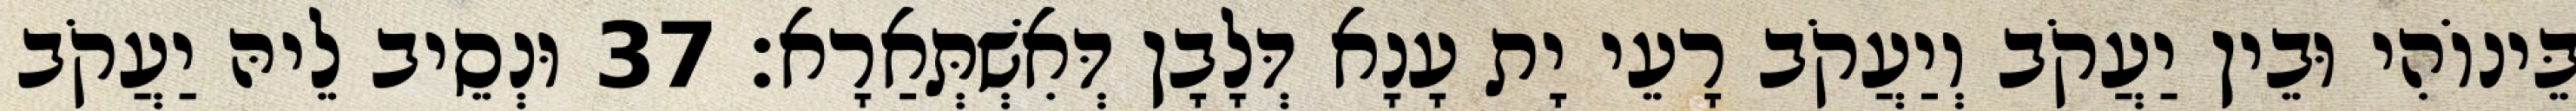
בֵּינוֹהִי וּבֵין יַעֲקֹב וְיַעֲקֹב רָעֵי יָת עָנָא דְּלָבָן דְּאִשְׁתְּאַרָא׃ 37 וּנְסֵיב לֵיהּ יַעֲקֹב